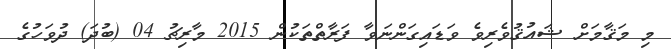
މި މަޤާމަށް ޝައުޤުވެރިވެ ވަޑައިގަންނަވާ ފަރާތްތަކުން 2015 މާރިޗު 04 (ބުދަ) ދުވަހުގެ